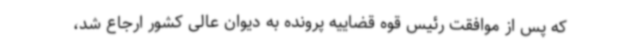
که پس از موافقت رئیس قوه قضاییه پرونده به دیوان عالی کشور ارجاع شد،